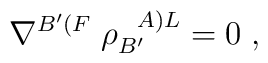
\nabla^{B'(F} \; \rho_{B'}^{\; \; \; A)L}=0 \; ,